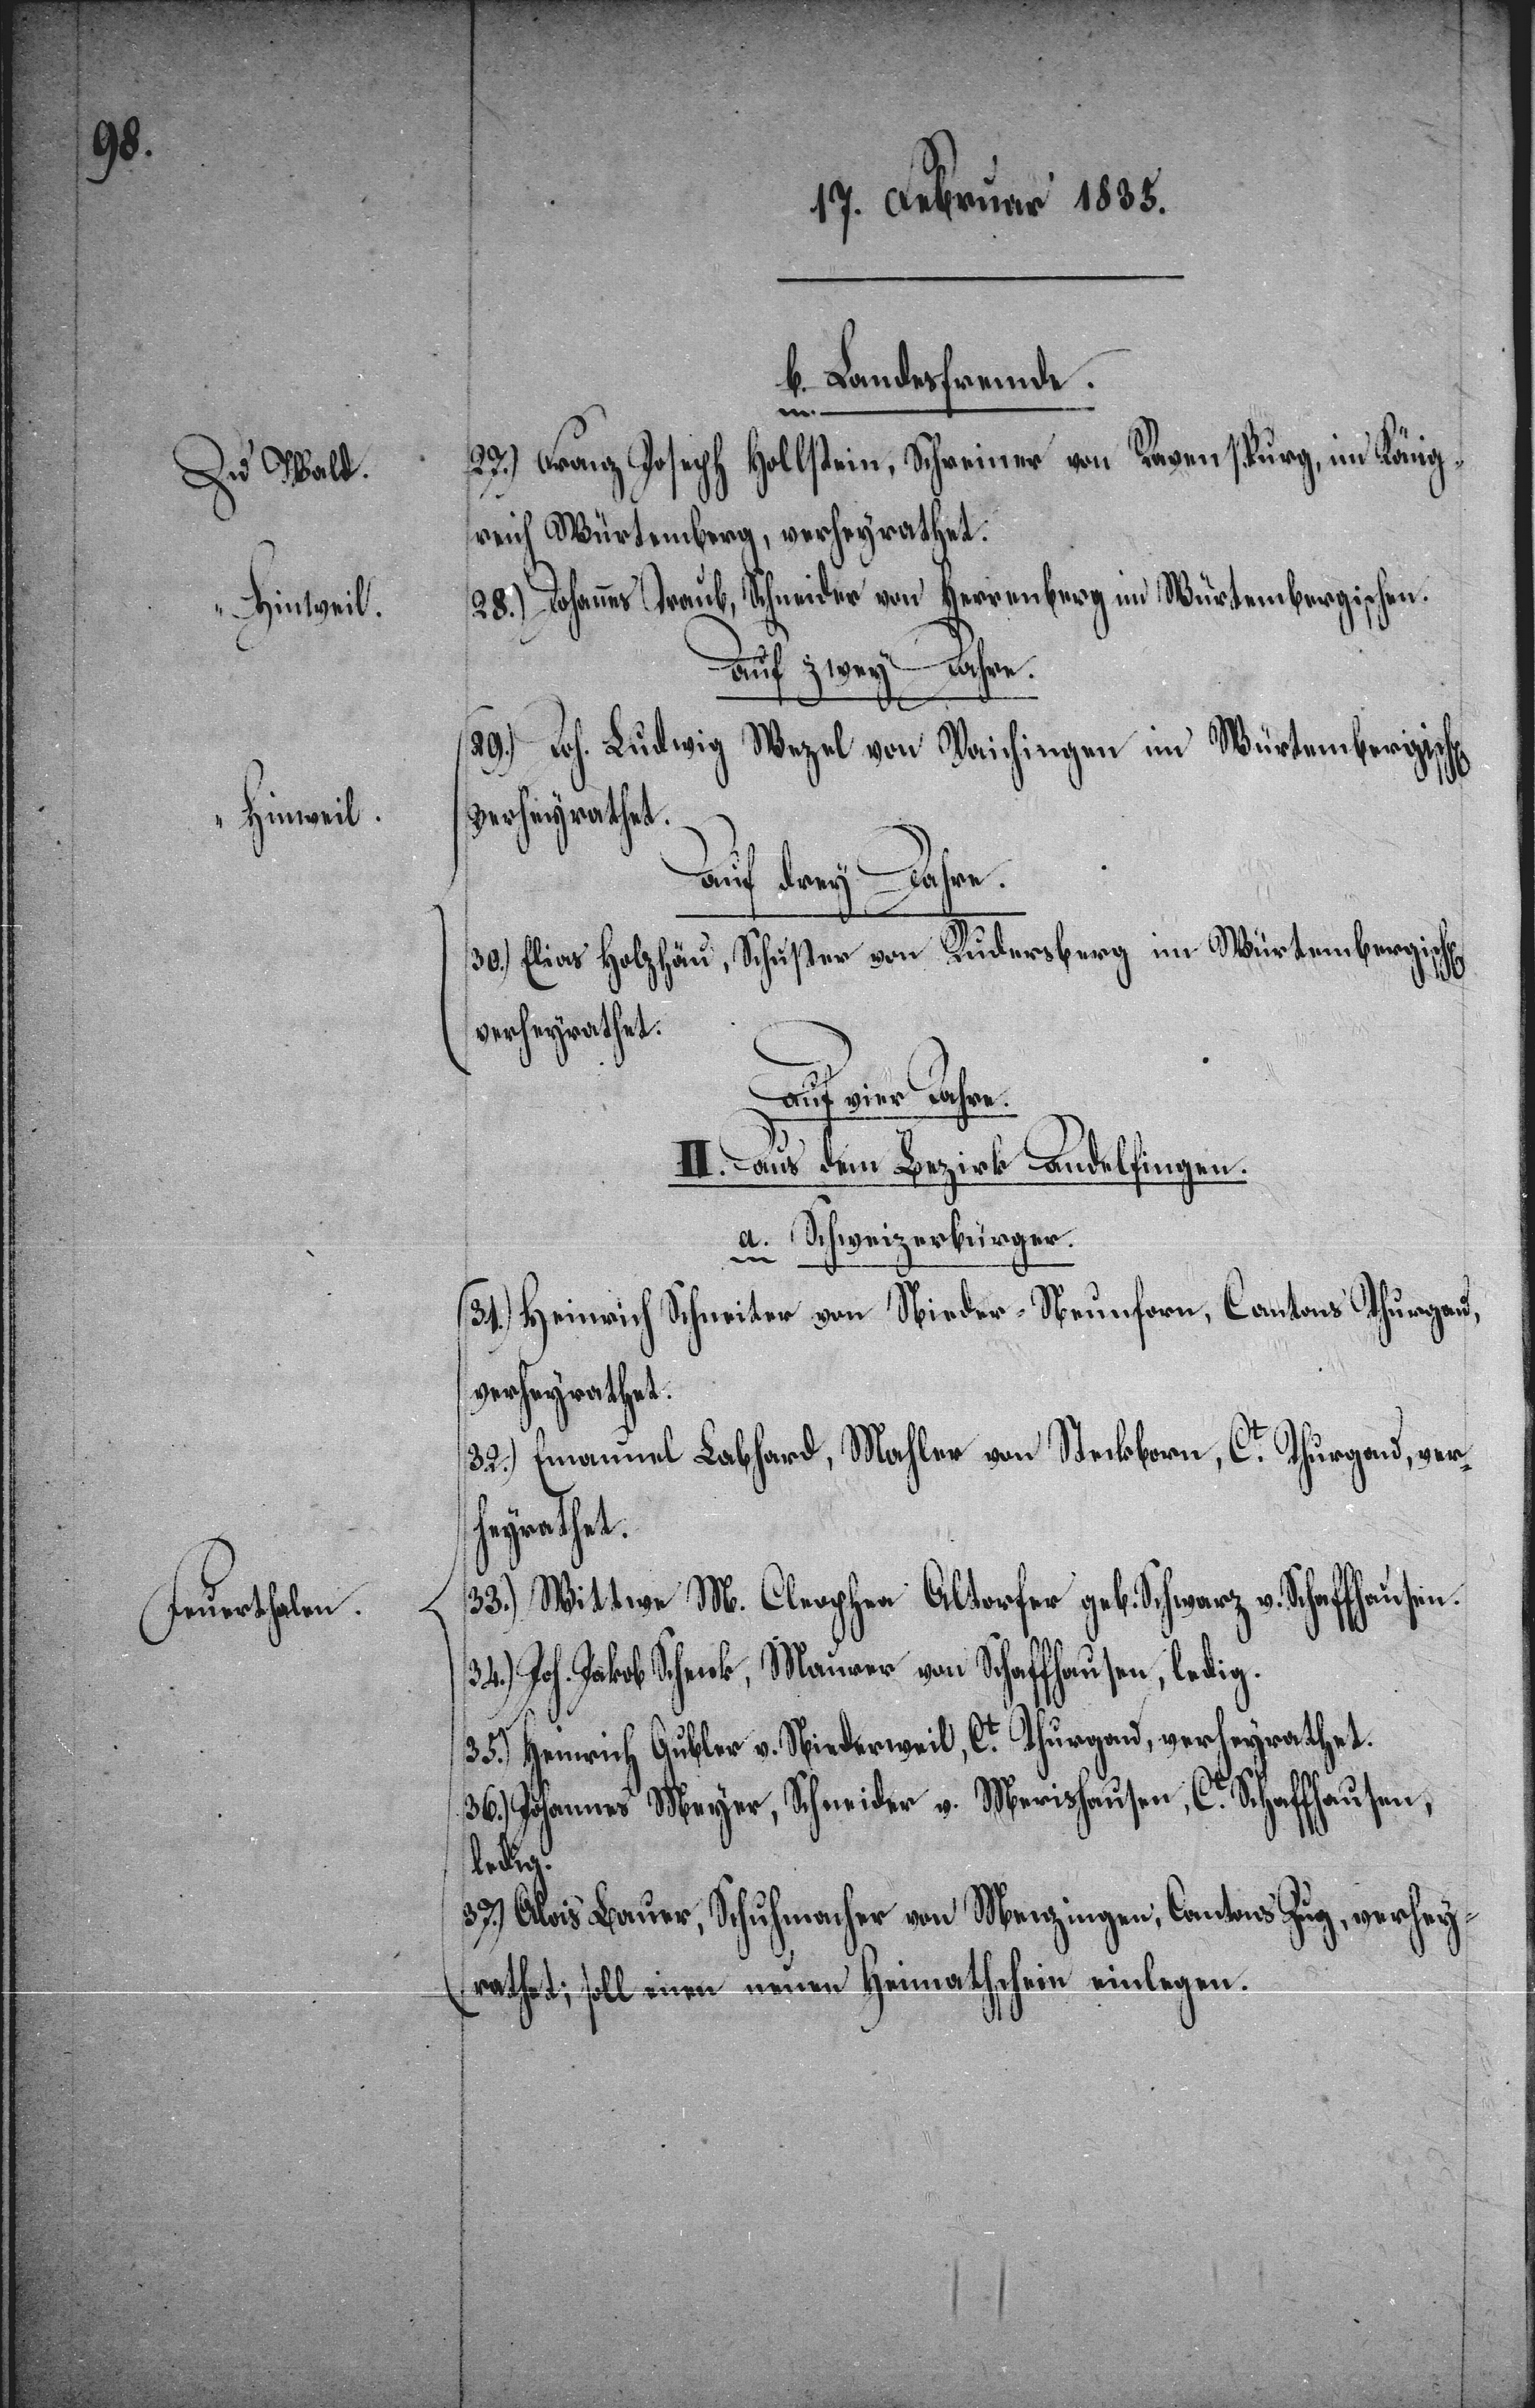
Hinweil.
Feuerthalen.

b. Landesfremde.
Wald.
Hollstein, Schreiner von Ravenspurg, im König¬
27.) Franz Joseph
reich Würtemberg,
Schneider von Herrenberg im Würtembergischen.
28.) Johannes Traub,
Auf zwey Jahre.
29.) Joh. Ludwig
Wezel von Vaichingen im Würtembergischen,
verheyrathet.
Auf
drey Jahre.
30.) Elias Holzhäu, Schuster von Rudersberg im Würtembergischen,
verheyrathet.
Auf vier Jahre.
II. Aus dem Bezirk Andelfingen.
a. Schweizerbürger.
31.) Heinrich Schneiter von Nieder-Neunforn, Cantons Thurgau,
verheyrathet.
32.) Emanuel Labhard, Mahler von Steckborn, Ct. Thurgau, ver¬
heyrathet.
33.) Wittwe M. Clephea Altorfer geb. Schwarz v. Schaffhausen.
34.) Joh. Jakob Schenk, Maurer von Schaffhausen, ledig.
35.) Heinrich Gubler v. Niederweil, Ct. Thurgau, verheyrathet.
36.) Johannes Meyer, Schneider v. Merishausen, Ct. Schaffhausen,
ledig.
37.) Alois Bauer, Schuhmacher von Menzingen, Cantons Zug, verhey¬
rathet, soll einen neuen Heimathschein einlegen.